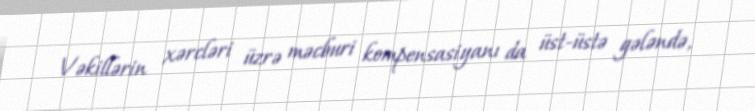
Vəkillərin xərcləri üzrə məcburi kompensasiyanı da üst-üstə gələndə,